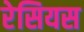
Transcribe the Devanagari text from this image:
रेसियस